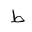
Letter: _da